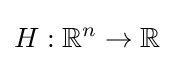
H:\mathbb {R} ^{n}\to \mathbb {R}